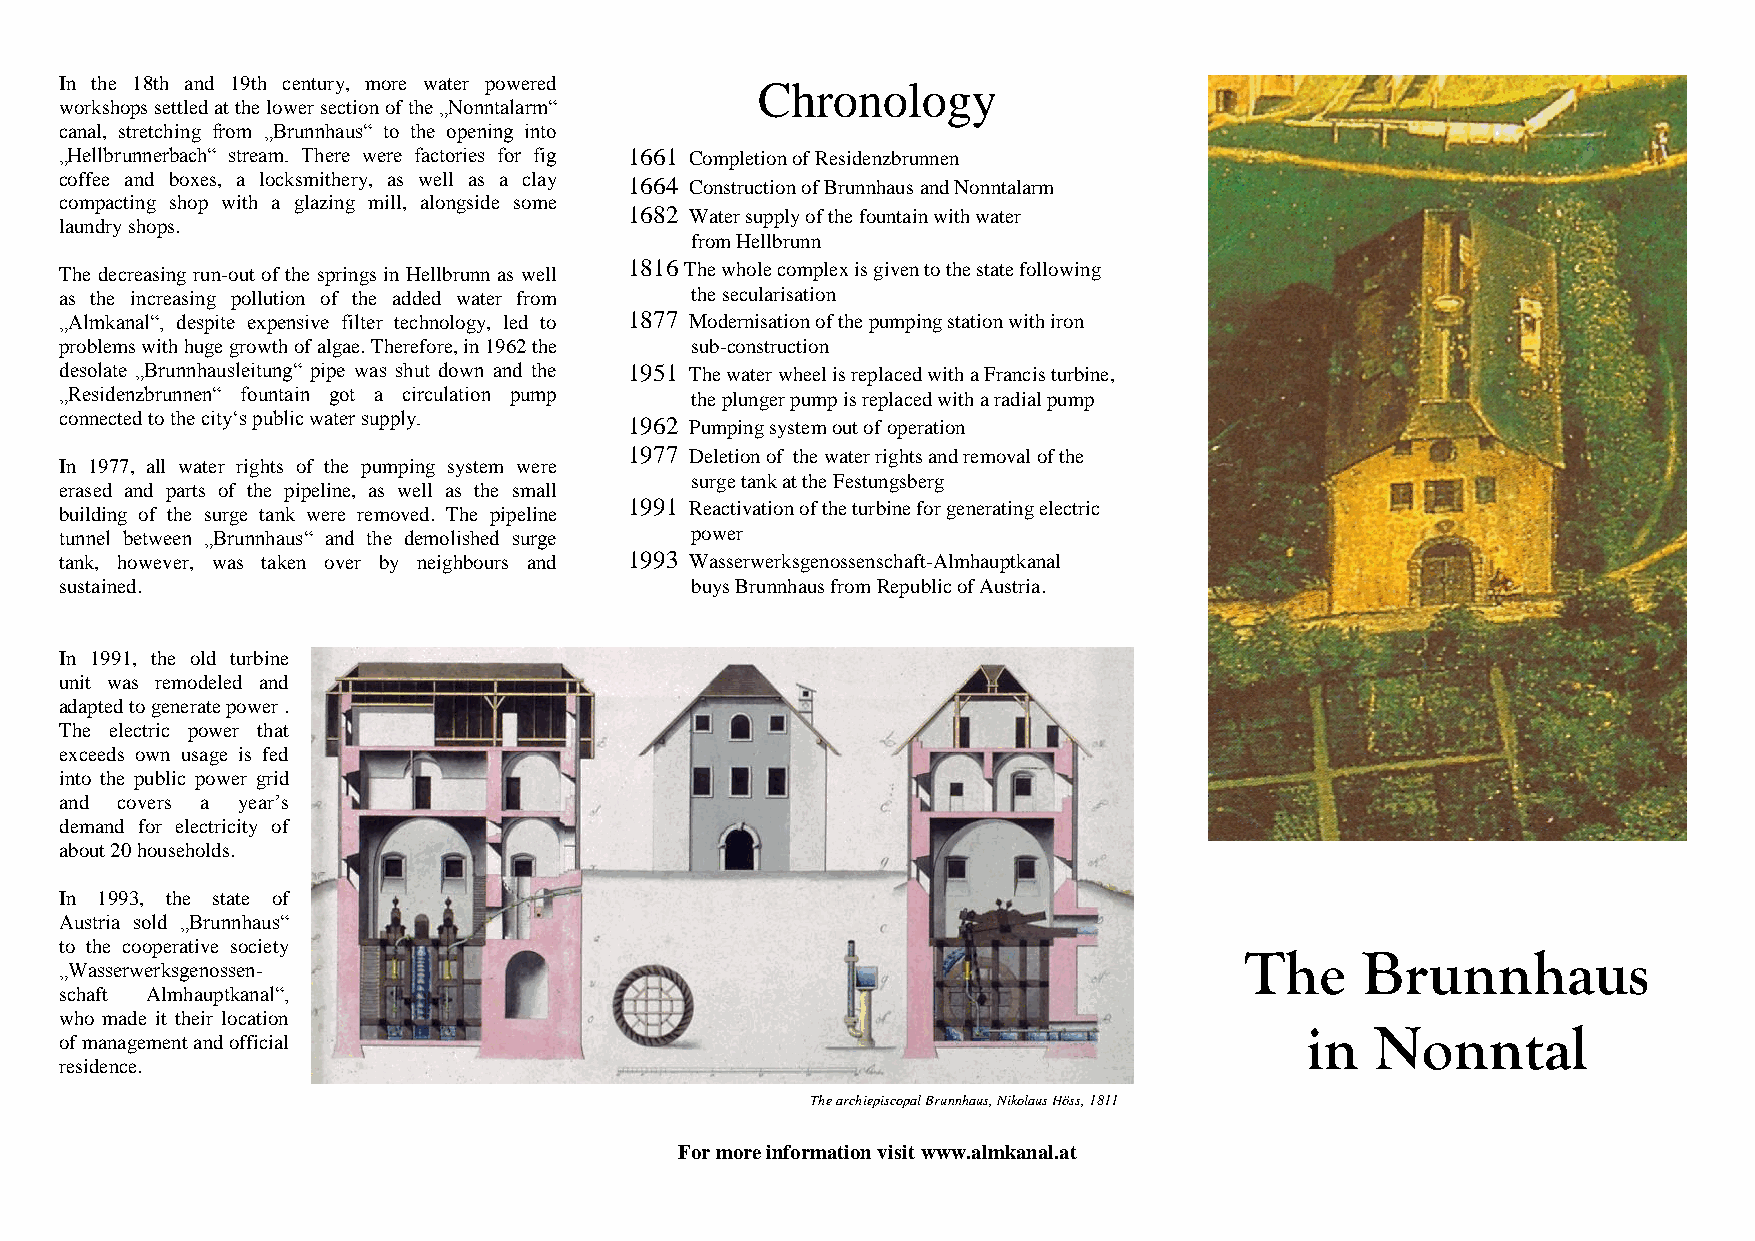
In the 18th and 19th century, more water powered Chronology
 workshops settled at the lower section of the „Nonntalarm“
 canal, stretching from „Brunnhaus“ to the opening into
 „Hellbrunnerbach“ stream. There were factories for fig 1661 Completion of Residenzbrunnen
 coffee and boxes, a locksmithery, as well as a clay 1664 Construction of Brunnhaus and Nonntalarm
 compacting shop with a glazing mill, alongside some
 1682 Water supply of the fountain with water
 laundry shops.
 from Hellbrunn
 The decreasing run-out of the springs in Hellbrunn as well 1816 The whole complex is given to the state following
 as the increasing pollution of the added water from the secularisation
 „Almkanal“, despite expensive filter technology, led to 1877 Modernisation of the pumping station with iron
 problems with huge growth of algae. Therefore, in 1962 the sub-construction
 desolate „Brunnhausleitung“ pipe was shut down and the 1951 The water wheel is replaced with a Francis turbine,
 „Residenzbrunnen“ fountain got a circulation pump the plunger pump is replaced with a radial pump
 connected to the city‘s public water supply. 1962 Pumping system out of operation
 1977 Deletion of the water rights and removal of the
 In 1977, all water rights of the pumping system were
 surge tank at the Festungsberg
 erased and parts of the pipeline, as well as the small
 building of the surge tank were removed. The pipeline 1991 Reactivation of the turbine for generating electric
 tunnel between „Brunnhaus“ and the demolished surge power
 tank, however, was taken over by neighbours and 1993 Wasserwerksgenossenschaft-Almhauptkanal
 sustained.                                buys Brunnhaus from Republic of Austria.
 In 1991, the old turbine
 unit was remodeled and
 adapted to generate power .
 The electric power that
 exceeds own usage is fed
 into the public power grid
 and covers a year’s
 demand for electricity of
 about 20 households.
 In 1993, the state of
 Austria sold „Brunnhaus“
 to the cooperative society
 The     Brunnhaus
 „Wasserwerksgenossen-
 schaft Almhauptkanal“,
 who made it their location
 in   Nonntal
 of management and official
 residence.
 The archiepiscopal Brunnhaus, Nikolaus Höss, 1811
 For more information visit www.almkanal.at